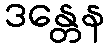
ဒန္တေန